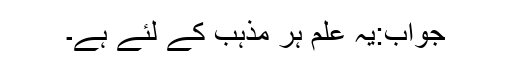
جواب:یہ علم ہر مذہب کے لئے ہے۔